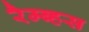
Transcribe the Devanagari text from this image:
रैम्ब्हस